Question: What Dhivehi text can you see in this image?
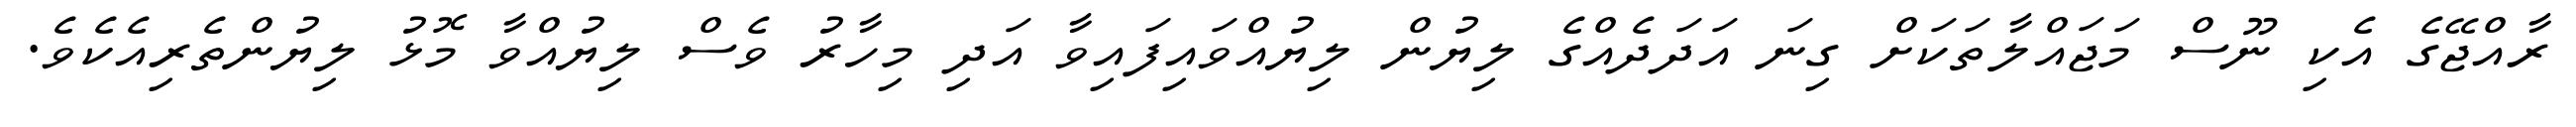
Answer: ރާއްޖޭގެ އެކި ނޫސް މަޖައްލާތަކަށް ގިނަ އަދަދެއްގެ ލިޔުން ލިޔުއްވައިފައިވާ އަދި މިހާރު ވެސް ލިޔުއްވާ މޮޅު ލިޔުންތެރިއެކެވެ.